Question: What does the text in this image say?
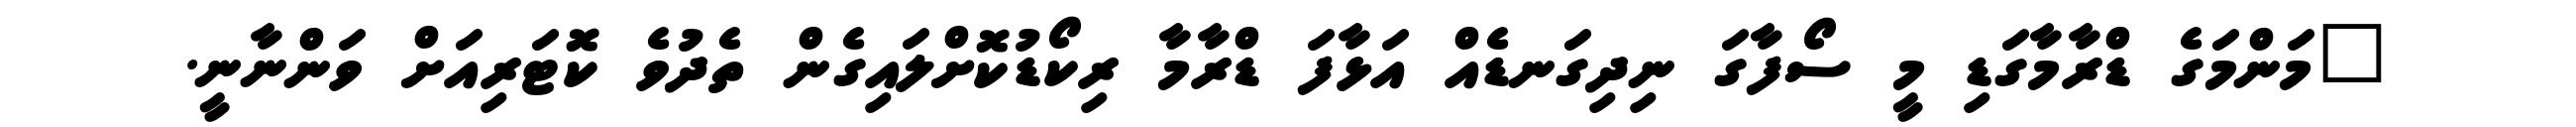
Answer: "މަންމަގެ ޑްރާމާގަޑި މީ ސޯފާގަ ނިދިގަނޑެއް އަޅާފަ ޑްރާމާ ރިކޯޑުކޮށްލައިގެން ތެދުވެ ކޮޓަރިއަށް ވަންނާނީ.